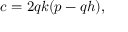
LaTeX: c = 2 q k ( p - q h ) ,